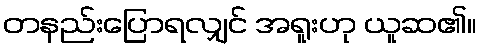
တနည်းပြောရလျှင် အရူးဟု ယူဆ၏။